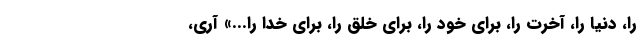
را، دنیا را، آخرت را، برای خود را، برای خلق را، برای خدا را...» آری،